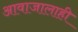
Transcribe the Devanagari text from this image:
आवाजालाही